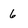
Character: 6